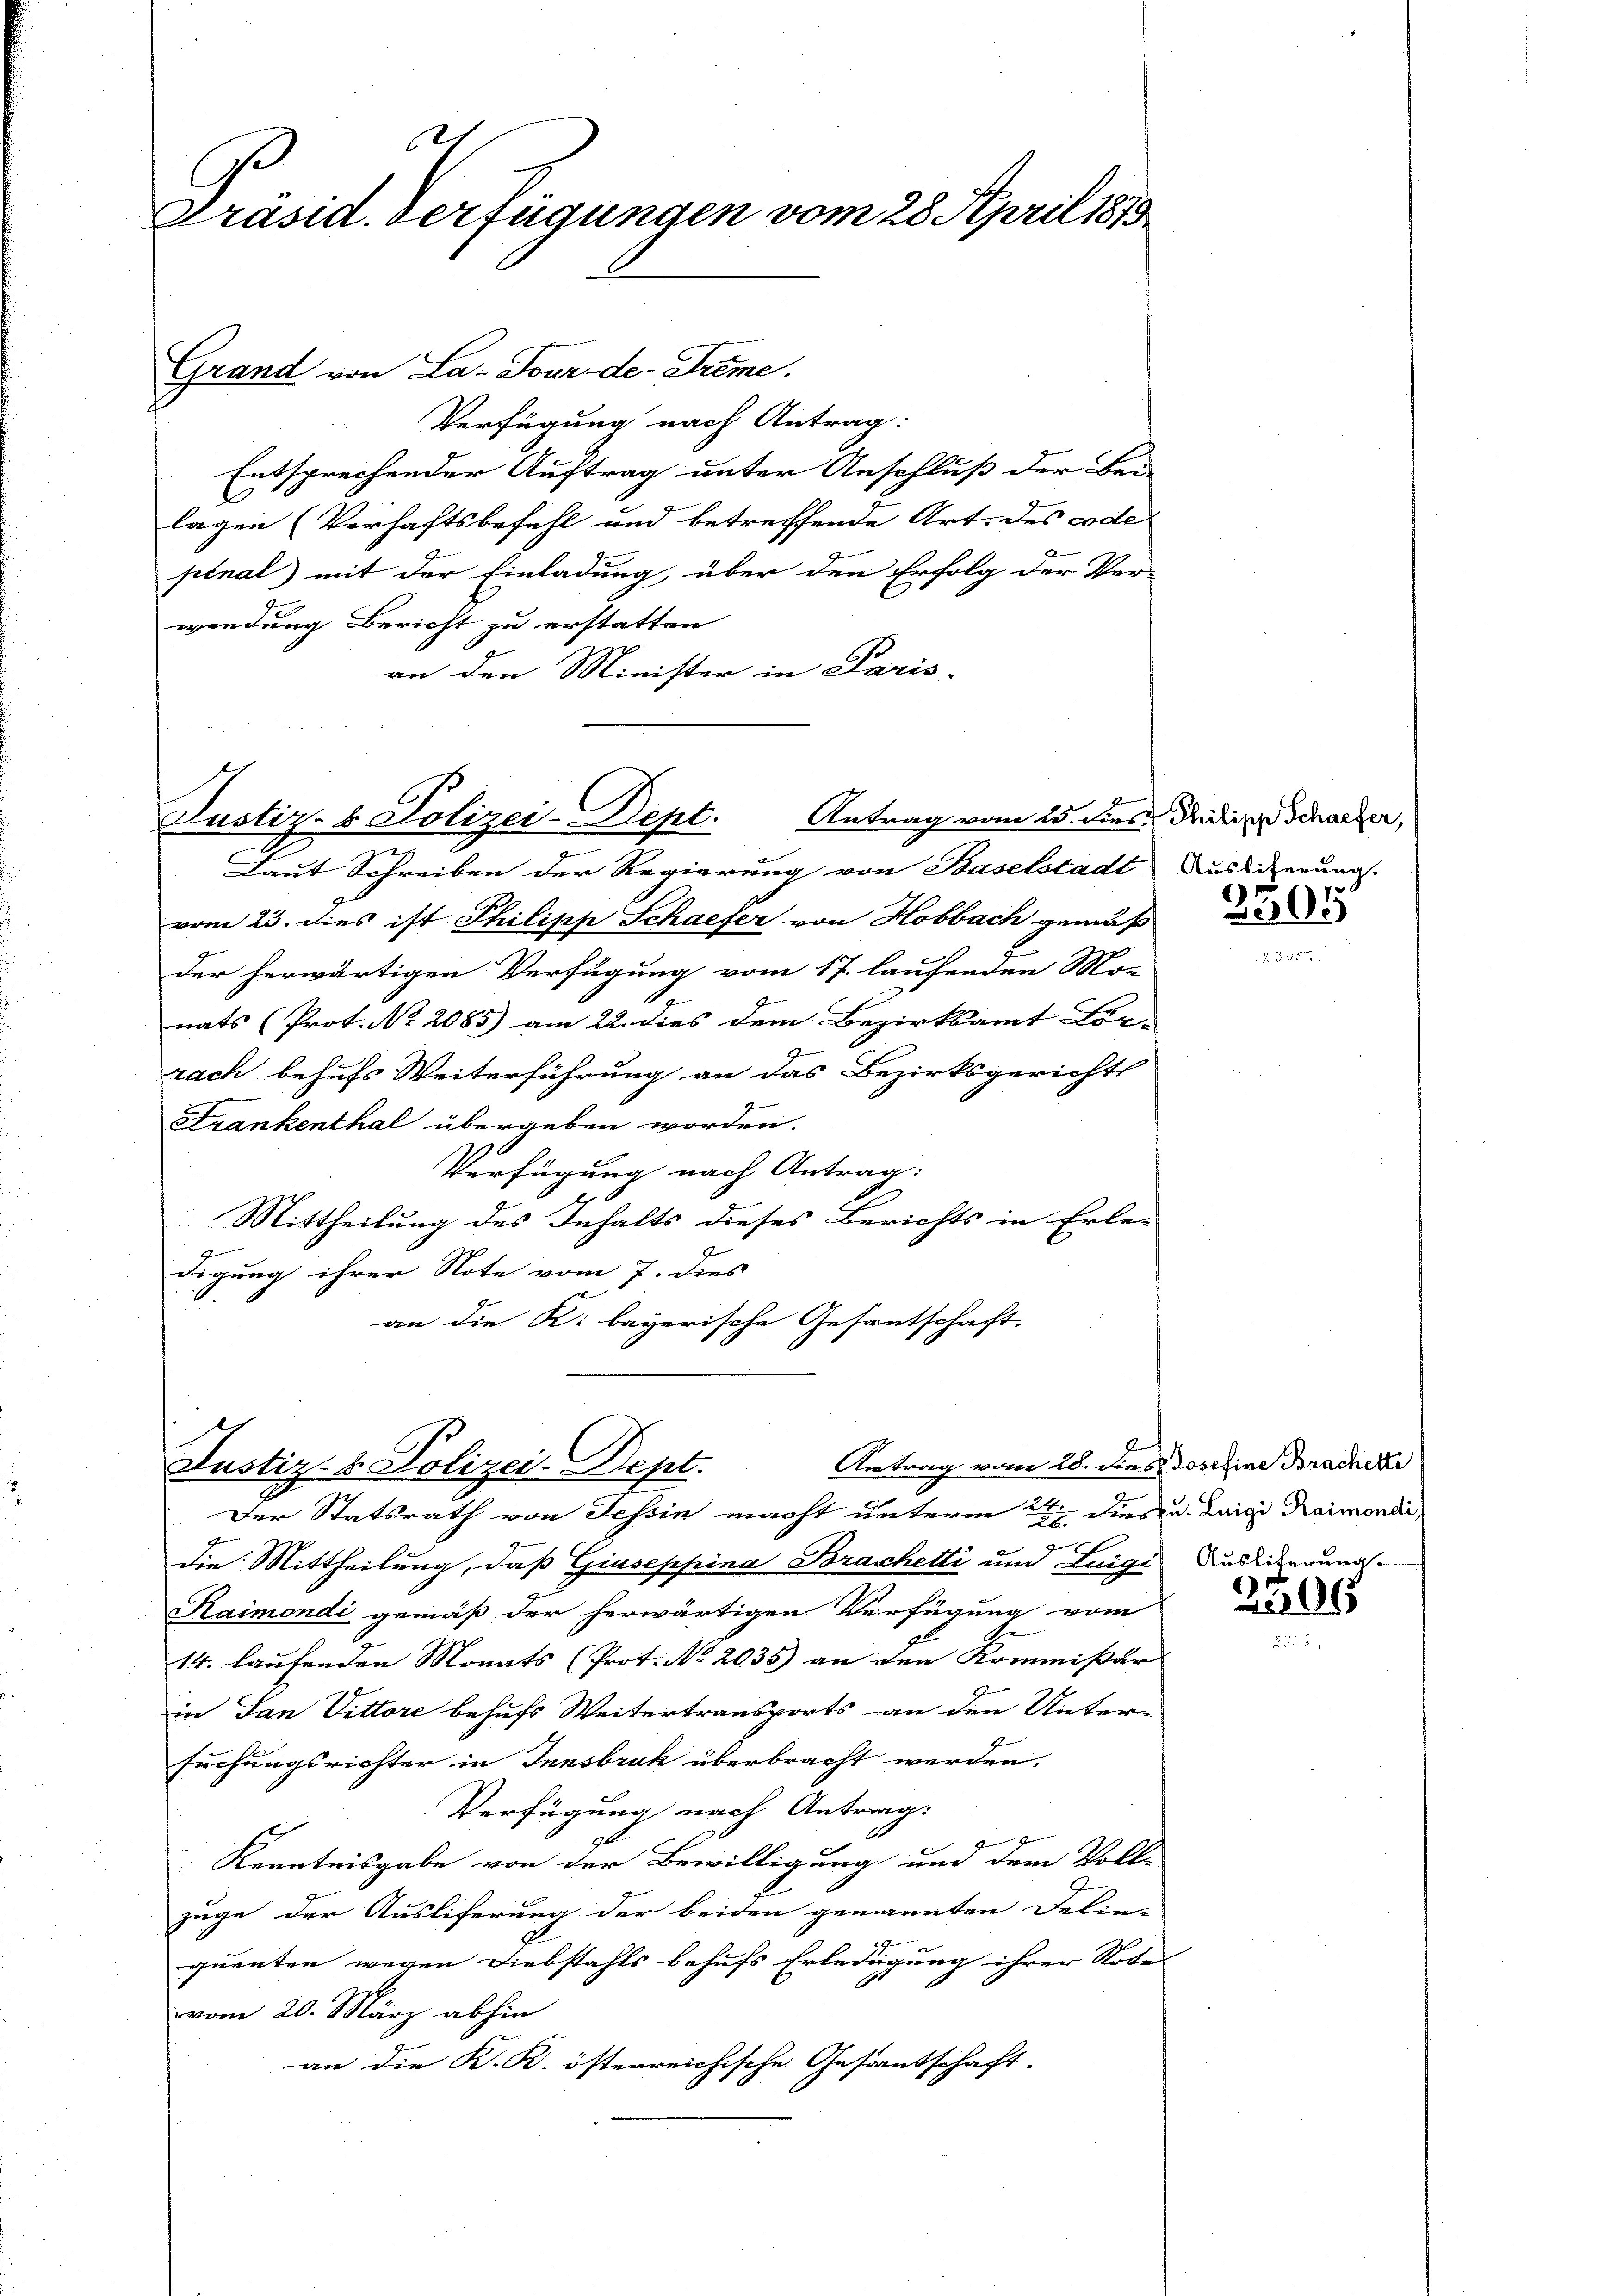
.
Präsid. Verfügungen vom 28. April 1873

Grand von La- Tour de-Frême.
Verfügung nach Antrag:
Entsprechender Auftrag unter Anschluß der Bei-
lagen (Verhaftsbefehl und betreffende Art. des code
pinal) mit der Einladung, über den Erfolg der Ver-
wendung Bericht zu erstatten
an den Minister in Paris-

Laut Schreiben der Regierung von Baselstadt Auslierung.
vom 23. dies ist Philipp Schaefer von Hobbach gemäß
der herwärtigen Verfügung vom 17. laufenden Mo-
H
nats (Prot. Nr. 2085) am 22. dies dem Bezirksamt Lör-
rach behufs Weiterführung an das Bezirksgerichts
Frankenthal übergeben worden.
Verfügung nach Antrag:
Mittheilung des Inhalts dieses Berichts in Erle-
digung ihrer Note vom 7. dies
an die K. bayerische Gesantschaft.

Justiz- & Polizei-Dept. Antrag vom 25. dies dedi Schanzer,

7
Antrag vom 28. dies Josefine Bracherte
Justiz- & Polizei-Dept.
Der Statsrath von Tessin macht unterm 2t dies u. Luigi Raimondii,

die Mittheilung, daß Giuseppina Braschetti und Leige Ausdienung
Kaimondi gemäß der herwärtigen Verfügung vom
E
14. laufenden Monats (Prot. No 2035) an den Kommissar
in Jan Vittore behufs Weitertransports an den Unter-
suchungsrichter in Innsbruk überbracht werden.
Verfügung nach Antrag:
2
Kenntnisgabe von der Bewilligung und dem Voll-
züge der Ausliferung der beiden genannten Delin-
quenten wegen Diebstahls behufs Erledigung ihrer Notes
vom 20. März abhin
an die K. K. österreichische Gesantschaft.

3505

2305